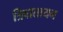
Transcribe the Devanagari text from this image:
त्रिवातायन